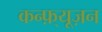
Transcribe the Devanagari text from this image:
कन्फ़्यूज़न